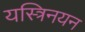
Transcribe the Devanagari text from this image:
यस्त्रिनयन